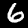
Digit: 6